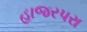
હાજરપરા